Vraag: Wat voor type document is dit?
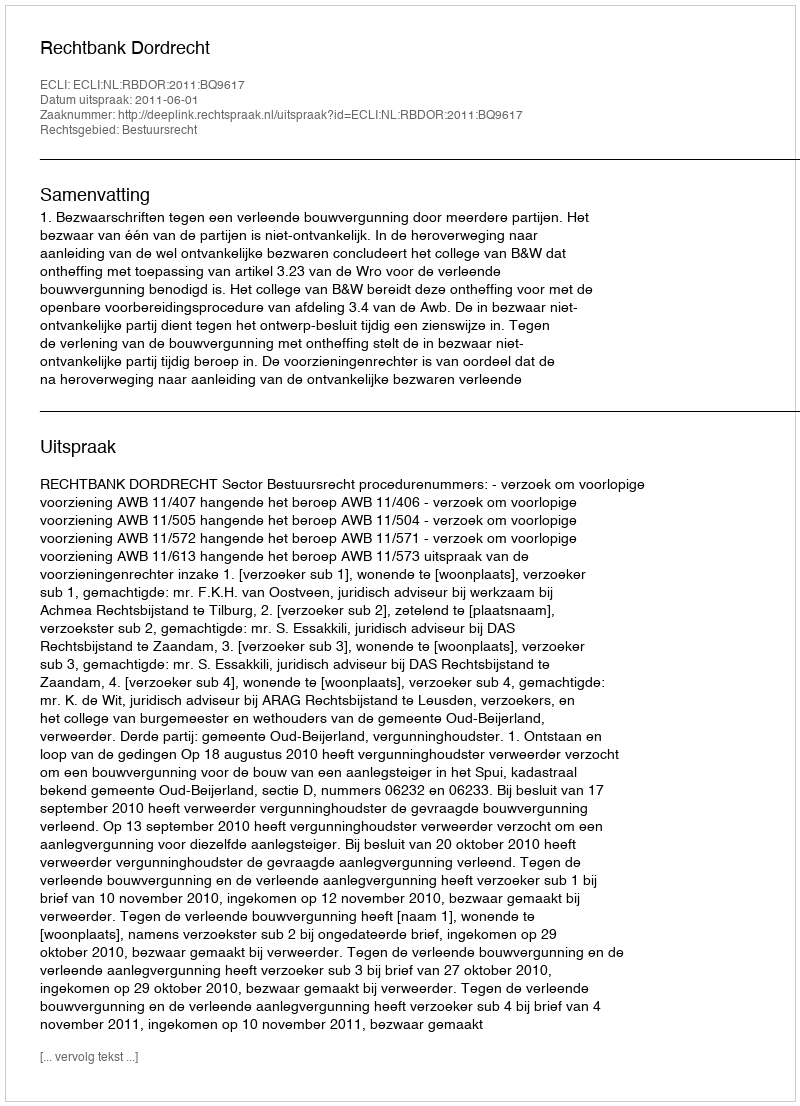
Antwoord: Uitspraak